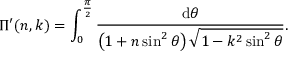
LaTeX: \Pi ^ { \prime } ( n , k ) = \int _ { 0 } ^ { \frac { \pi } { 2 } } { \frac { \mathrm { d } \theta } { \left( 1 + n \sin ^ { 2 } \theta \right) { \sqrt { 1 - k ^ { 2 } \sin ^ { 2 } \theta } } } } .